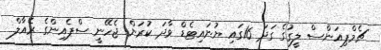
ޗެމްޕިއަންސް ލީގުގެ ގަދަ 16ގައި ޔުނައިޓެޑް ވާދަ ކުރަން ޖެހޭނީ ސްޕެއިންގެ ރެއާލް